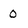
Character: 0